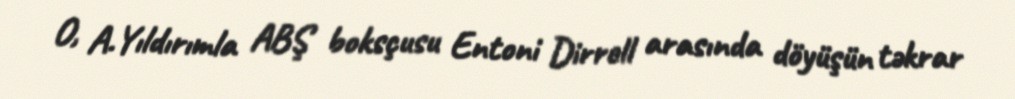
O, A.Yıldırımla ABŞ boksçusu Entoni Dirrell arasında döyüşün təkrar